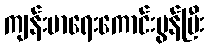
ကျန်းမာရေးကောင်းမွန်ပြီး